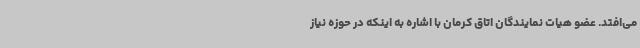
می‌افتد. عضو هیات نمایندگان اتاق کرمان با اشاره به اینکه در حوزه نیاز